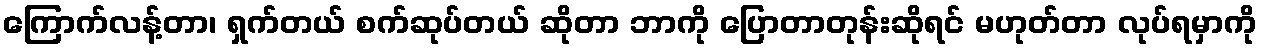
ကြောက်လန့်တာ၊ ရှက်တယ် စက်ဆုပ်တယ် ဆိုတာ ဘာကို ပြောတာတုန်းဆိုရင် မဟုတ်တာ လုပ်ရမှာကို